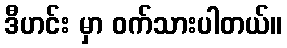
ဒီဟင်း မှာ ဝက်သားပါတယ်။